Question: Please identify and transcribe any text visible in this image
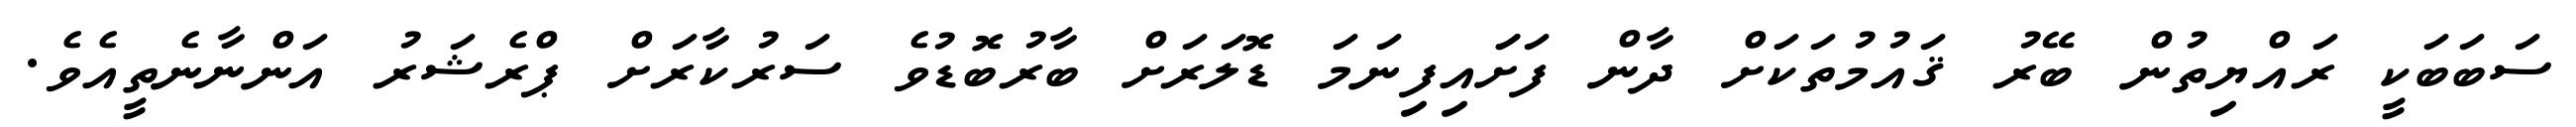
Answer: ސަބަބަކީ ރައްޔިތުން ބޭރު ޤައުމުތަކަށް ދާން ފަށަައިފިނަމަ ޑޮލަރަށް ބާރުބޮޑުވެ ސަރުކާރަށް ޕްރެޝަރު އަންނާނެތީއެވެ.